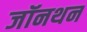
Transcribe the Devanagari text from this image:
जॉनथन